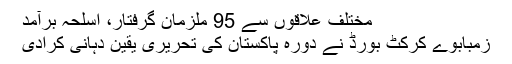
مختلف علاقوں سے 95 ملزمان گرفتار، اسلحہ برآمد
زمبابوے کرکٹ بورڈ نے دورہ پاکستان کی تحریری یقین دہانی کرادی